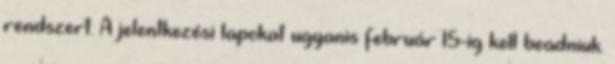
rendszert. A jelentkezési lapokat ugyanis február 15-ig kell beadniuk.